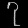
Digit: ၇